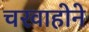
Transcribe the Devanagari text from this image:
चरवाहोने